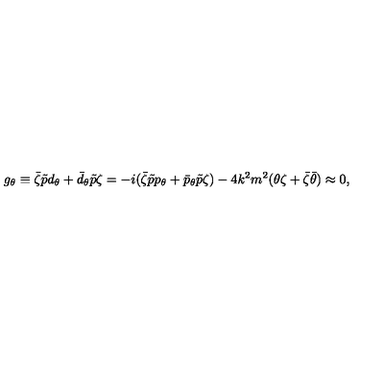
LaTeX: g _ { \theta } \equiv \bar { \zeta } \tilde { p } d _ { \theta } + \bar { d } _ { \theta } \tilde { p } \zeta = - i ( \bar { \zeta } \tilde { p } p _ { \theta } + \bar { p } _ { \theta } \tilde { p } \zeta ) - 4 k ^ { 2 } m ^ { 2 } ( \theta \zeta + \bar { \zeta } \bar { \theta } ) \approx 0 ,